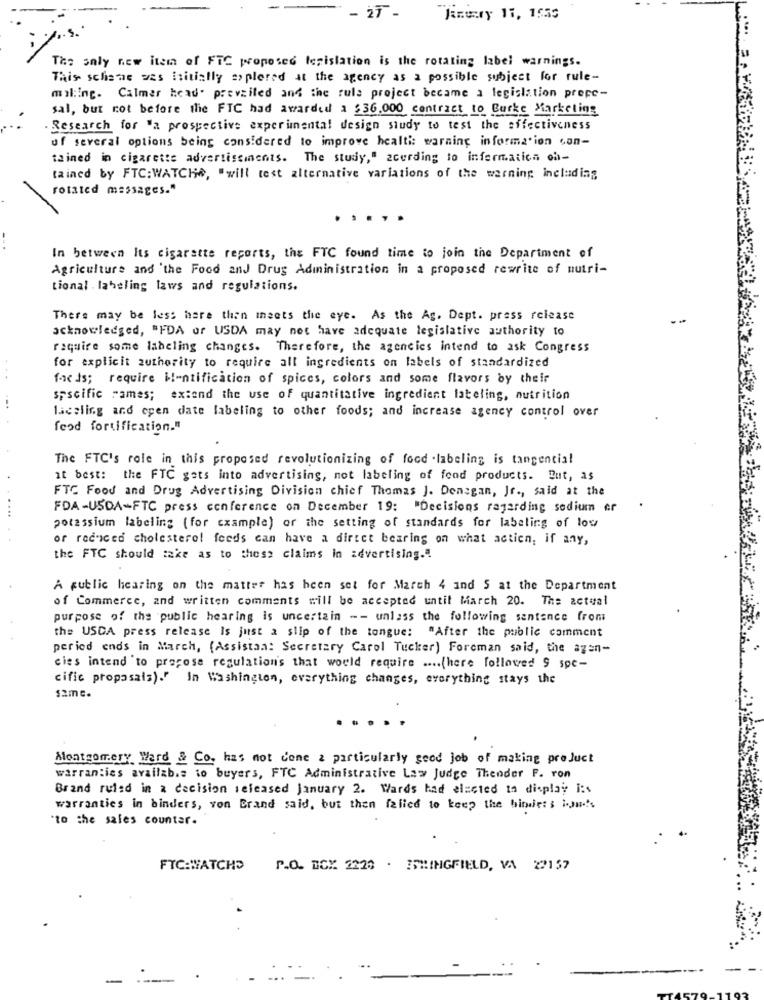
- 27 -
kamery 11, 1553
Tas saly new item of FTC proposed legislation is the rotating label warnings.
This schade was Initially a> plered at the agency as a possible subject for rule-
mil:ing. Calmer head. prevailed and the rule project became a legislation prepe-
sal, but not before the FTC had awarded a $36.000 contract to Burke Marketing
. Research for "a prospective experimental design study to test the effectiveness
uf several options being considered to improve health: warning information can-
tained in cigarette advertisements. The study," acerding to informatica oh-
tained by FTC: WATCHe, "will test alternative variations of the warning including
rotated messages."
.....
In between Its cigarette reports, the FTC found time to join the Department of
Agriculture and 'the Food and Drug Administration in a proposed rewrite of nutri-
tional . laheling laws and regulations.
There may be less here than meets the eye. As the Ag. Dept. press release
acknowledged, "FDA of USDA may not have adequate legislative authority to
require some labeling changes. Therefore, the agencies intend to ask Congress
for explicit authority to require all ingredients on labels of standardized
fac is; require i !- ntification of spices, colors and some flavors by their
specific rames; extend the use of quantitative ingredient lateling, nutrition
laceling and open date labeling to other foods; and increase agency control over
food fortification."
The FTC's role in this proposed revolutionizing of food .labeling is tangencial
it best: the FTC gets into advertising, not labeling of food products. But, as
FTC Food and Drug Advertising Division chief Thomas J. Denagan, Jr ., said at the
FDA-USDA-FTC press conference on December 19: "Decisions regarding sodium er
potassium labeling (for example) or the setting of standards for labeling of low
or reduced cholesterol feeds can have a direct bearing on what actien, if any,
the FTC should take as to these claims in advertising.".
A public hearing on the matter has been set for March 4 and 5 at the Department
of Commerce, and written comments will be accepted until March 20. The actual
purpose of the public hearing is uncertain -- unless the following sentence from
the USCA press release Is just a slip of the tongue: "After the public comment
peried ends in March, (Assistan: Secretary Carol Tucker) Foreman said, the agen-
cies intend to propose regulation's that would require .... (here followed 9 spc-
cific proposals)." In Washington, everything changes, everything stays the
samc.
Montgomery Ward & Co. has not done a particularly good job of making preJuct
warranties availab.s to buyers, FTC Administrative Law Judge Thender F. ron
Brand ruled in a decision released January 2. Wards had elected to display :s
warranties in binders, von Brand said, but then failed to keep the binde:'s i-Jus
"to the sales counter.
FTC:WATCHD
P.O. BOX 2220 . ISHINGFIELD, VA 22157